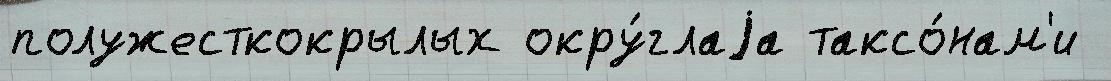
полужесткокрылых окру́глаjа таксо́нам'и